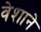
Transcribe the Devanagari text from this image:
वेशाने